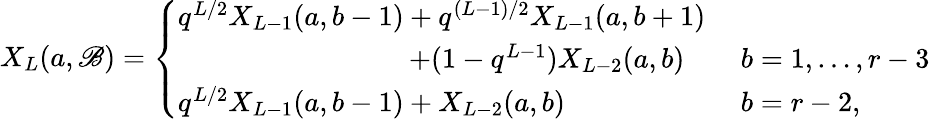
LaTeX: X_{L}(a,\mathscr{B})=\left\{ \begin{array}{ll}{{q^{L/2}X_{L-1}(a,b-1)+q^{(L-1)/2}X_{L-1}(a,b+1)}}&{{}}\\ {{\qquad\qquad\qquad\qquad\, +(1-q^{L-1})X_{L-2}(a,b)\quad}}&{{b=1,\ldots,r-3}}\\ {{q^{L/2}X_{L-1}(a,b-1)+X_{L-2}(a,b)}}&{{b=r-2,}}\end{array}\right.